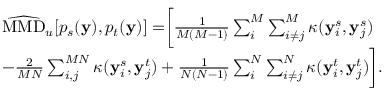
\begin{array} { r l } & { \widehat { \mathrm { M M D } } _ { u } [ p _ { s } ( \mathbf { y } ) , p _ { t } ( \mathbf { y } ) ] = \biggr [ \frac { 1 } { M ( M - 1 ) } \sum _ { i } ^ { M } \sum _ { i \neq j } ^ { M } \kappa ( \mathbf { y } _ { i } ^ { s } , \mathbf { y } _ { j } ^ { s } ) } \\ & { - \frac { 2 } { M N } \sum _ { i , j } ^ { M N } \kappa ( \mathbf { y } _ { i } ^ { s } , \mathbf { y } _ { j } ^ { t } ) + \frac { 1 } { N ( N - 1 ) } \sum _ { i } ^ { N } \sum _ { i \neq j } ^ { N } \kappa ( \mathbf { y } _ { i } ^ { t } , \mathbf { y } _ { j } ^ { t } ) \biggr ] . } \end{array}